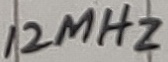
Text: 12MHz